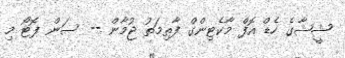
ޝީޝާގެ ހެޑް އޮފް މާކެޓިންގް ފާތިމަތު ޖުމާން -- ސަން ފޮޓޯ މި